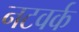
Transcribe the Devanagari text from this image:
नटवर्क